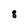
Character: 8